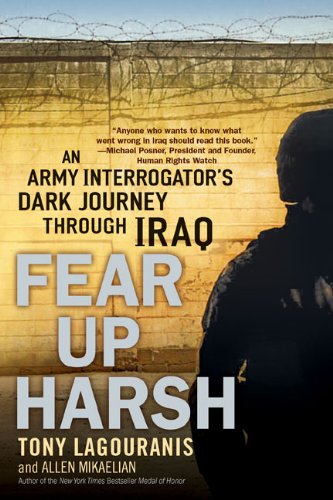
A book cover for Fear Up Harsh: An Army Interrogator's Dark Journey Through Iraq; Tony Lagouranis; History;